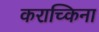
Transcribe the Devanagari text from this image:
कराच्किना